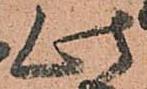
此